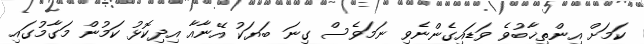
ކަމަށް އިންތިޚާބުވެ ވަޑައިގެންނެވި ނަމަވެސް ގިނަ ބަޔަކު އޭނާއާ އިދިކޮޅު ކަމުން މަގާމުގައި